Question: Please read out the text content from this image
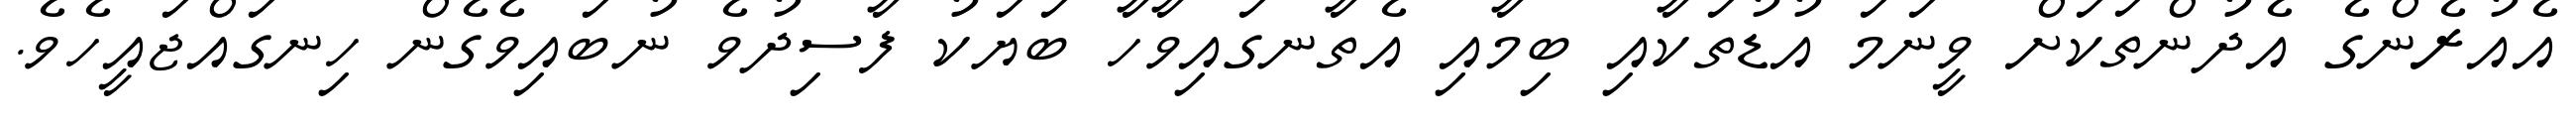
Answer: އެއުރެންގެ އެދުންތަކަށް ވީނަމަ އުޑުތަކާއި ބިމާއި އެތާނގައިވާހާ ބަޔަކު ފާސިދުވެ ނުބައިވެގެން ހިނގައްޖައީހެވެ.